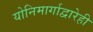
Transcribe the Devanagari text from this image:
योनिमार्गाद्वारेही